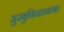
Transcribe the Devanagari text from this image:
सुरमुनिनरनागाः